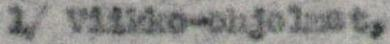
1/ Viikko-ohjelmat,